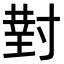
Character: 𫴰